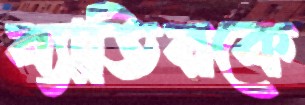
ব্যাতিরকে